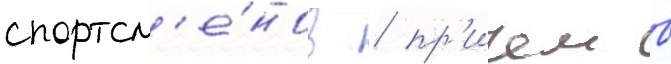
спортсм'е́нов / пр'ичем в